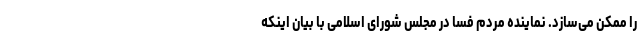
را ممکن می‌سازد. نماینده مردم فسا در مجلس شورای اسلامی با بیان اینکه